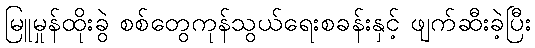
မြူမှုန်ထိုးခွဲ စစ်တွေကုန်သွယ်ရေးစခန်းနှင့် ဖျက်ဆီးခဲ့ပြီး